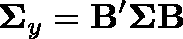
\mathbf { \Sigma } _ { y } = \mathbf { B ^ { \prime } } \mathbf { \Sigma } \mathbf { B }